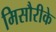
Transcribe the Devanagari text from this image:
मिसौरीके